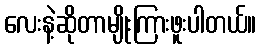
လေးနဲ့ဆိုတာမျိုးကြားဖူးပါတယ်။